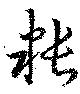
粻